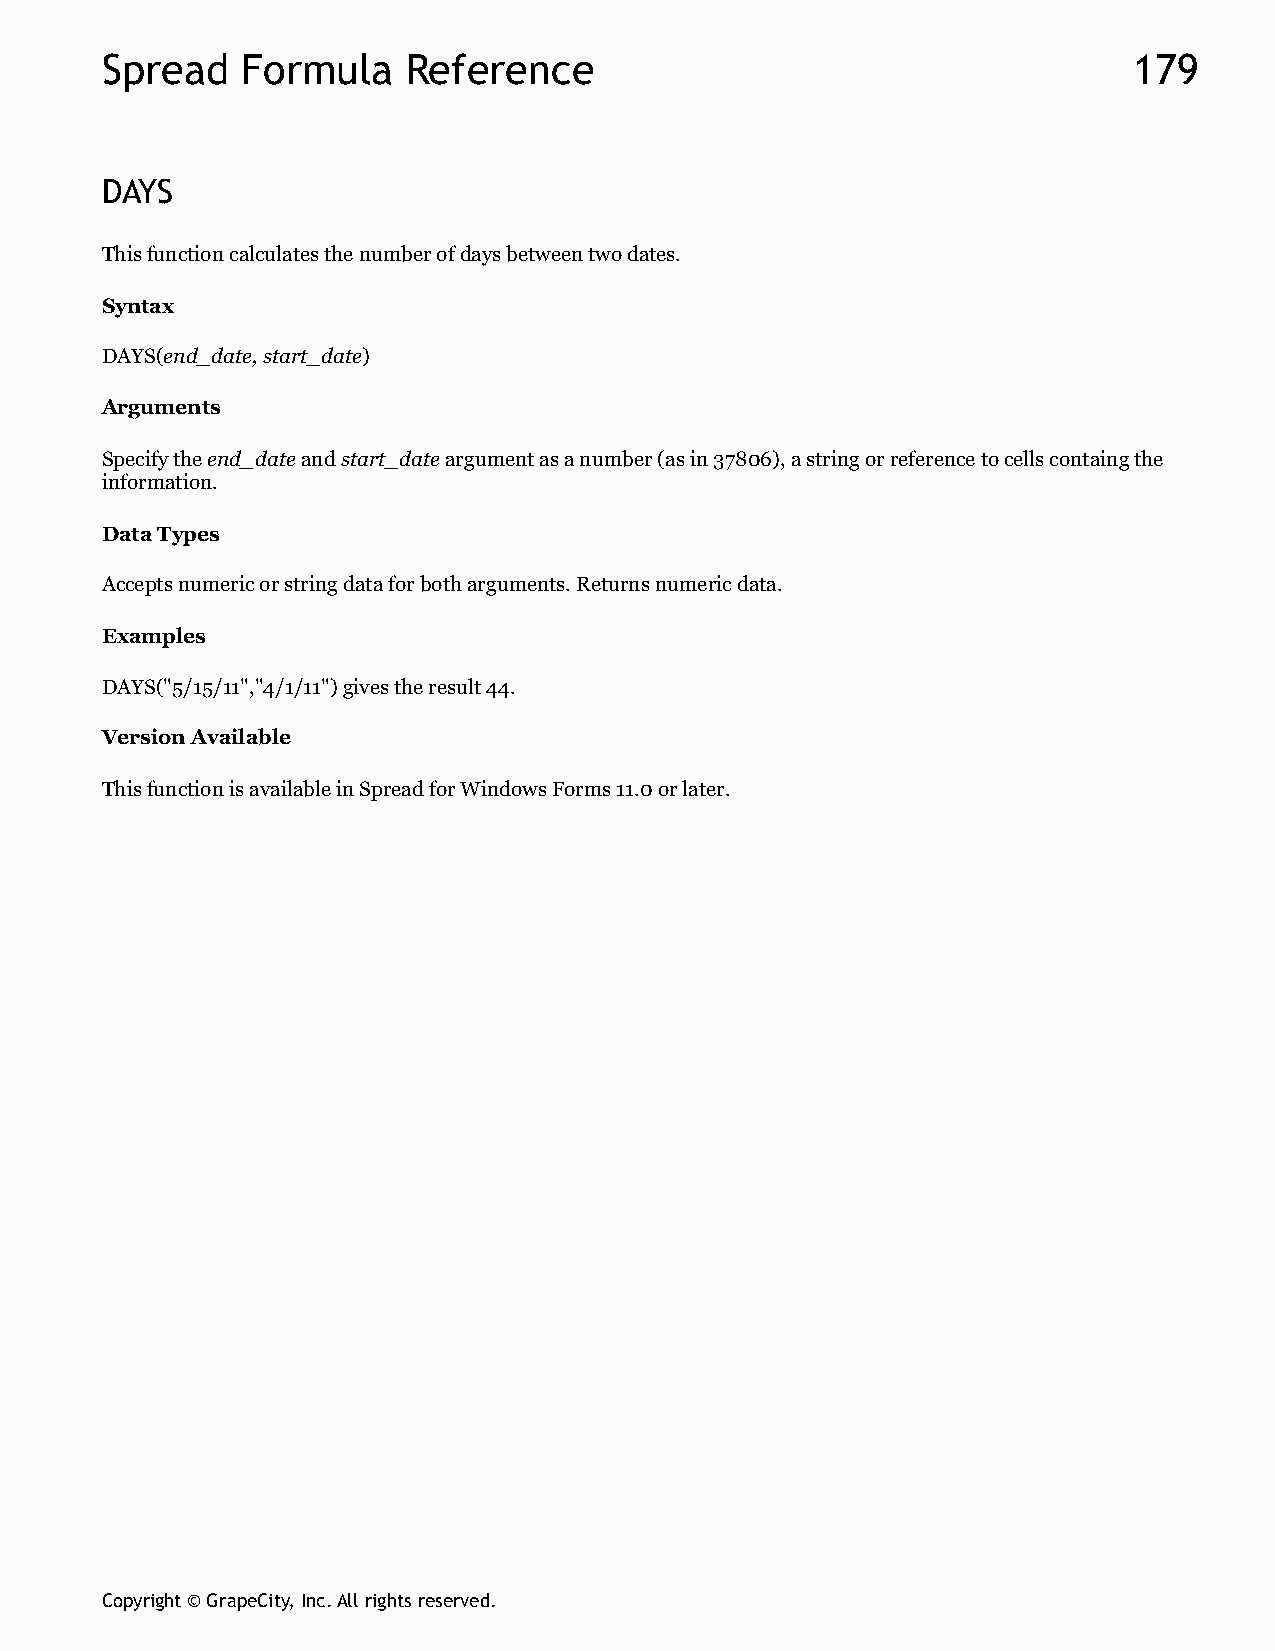
Spread   Formula    Reference                                       179
 DAYS
 This function calculates the number of days between two dates.
 Syntax
 DAYS(end_date, start_date)
 Arguments
 Specify the end_date and start_date argument as a number (as in 37806), a string or reference to cells containg the
 information.
 Data Types
 Accepts numeric or string data for both arguments. Returns numeric data.
 Examples
 DAYS("5/15/11","4/1/11") gives the result 44.
 Version Available
 This function is available in Spread for Windows Forms 11.0 or later.
 Copyright © GrapeCity, Inc. All rights reserved.